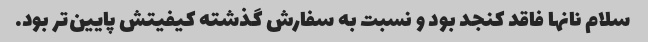
سلام نانها فاقد کنجد بود و نسبت به سفارش گذشته کیفیتش پایین‌تر بود.